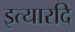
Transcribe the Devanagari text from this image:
इत्यारदि